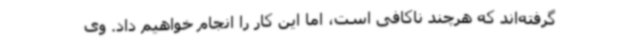
گرفته‌اند که هرچند ناکافی است، اما این کار را انجام خواهیم داد. وی